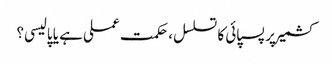
کشمیر پر پسپائی کا تسلسل، حکمت عملی ہے یا پالیسی؟